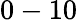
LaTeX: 0-10